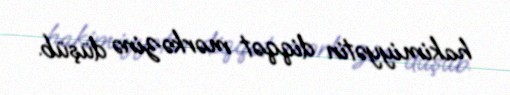
hakimiyyətin diqqət mərkəzinə düşüb.